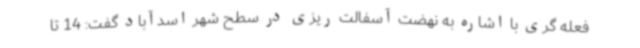
فعله گری با اشاره به نهضت آسفالت ریزی در سطح شهر اسدآباد گفت: 14 تا